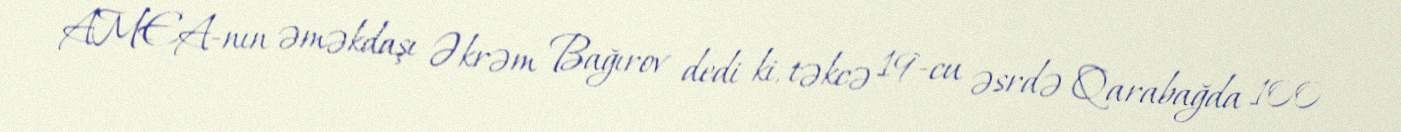
AMEA-nın əməkdaşı Əkrəm Bağırov dedi ki, təkcə 19-cu əsrdə Qarabağda 100